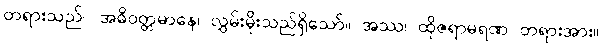
တရားသည်။ အဓိဝတ္တမာနေ၊ လွှမ်းမိုးသည်ရှိသော်။ အဿ၊ ထိုဇရာမရဏ တရားအား။